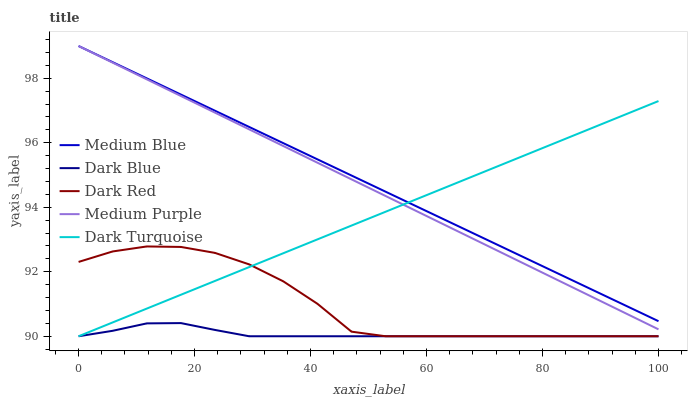
| xaxis_label | Medium Blue | Dark Blue | Dark Red | Medium Purple | Dark Turquoise |
 | --- | --- | --- | --- | --- | --- |
 | 0 | 99 | 90 | 92.3 | 99 | 90 |
 | 5.88 | 98.5 | 90.2 | 92.6 | 98.5 | 90.4 |
 | 11.8 | 98 | 90.4 | 92.8 | 98 | 90.9 |
 | 17.6 | 97.5 | 90.4 | 92.8 | 97.4 | 91.3 |
 | 23.5 | 97 | 90.2 | 92.6 | 96.9 | 91.7 |
 | 29.4 | 96.5 | 90 | 92.2 | 96.4 | 92.1 |
 | 35.3 | 96 | 90 | 91.7 | 95.9 | 92.6 |
 | 41.2 | 95.5 | 90 | 91 | 95.4 | 93 |
 | 47.1 | 95 | 90 | 90.1 | 94.9 | 93.4 |
 | 52.9 | 94.5 | 90 | 90 | 94.3 | 93.9 |
 | 58.8 | 94 | 90 | 90 | 93.8 | 94.3 |
 | 64.7 | 93.5 | 90 | 90 | 93.3 | 94.7 |
 | 70.6 | 93 | 90 | 90 | 92.8 | 95.1 |
 | 76.5 | 92.5 | 90 | 90 | 92.3 | 95.6 |
 | 82.4 | 92 | 90 | 90 | 91.8 | 96 |
 | 88.2 | 91.5 | 90 | 90 | 91.2 | 96.4 |
 | 94.1 | 91 | 90 | 90 | 90.7 | 96.9 |
 | 100 | 90.5 | 90 | 90 | 90.2 | 97.3 |